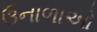
ઉનાળાઓ